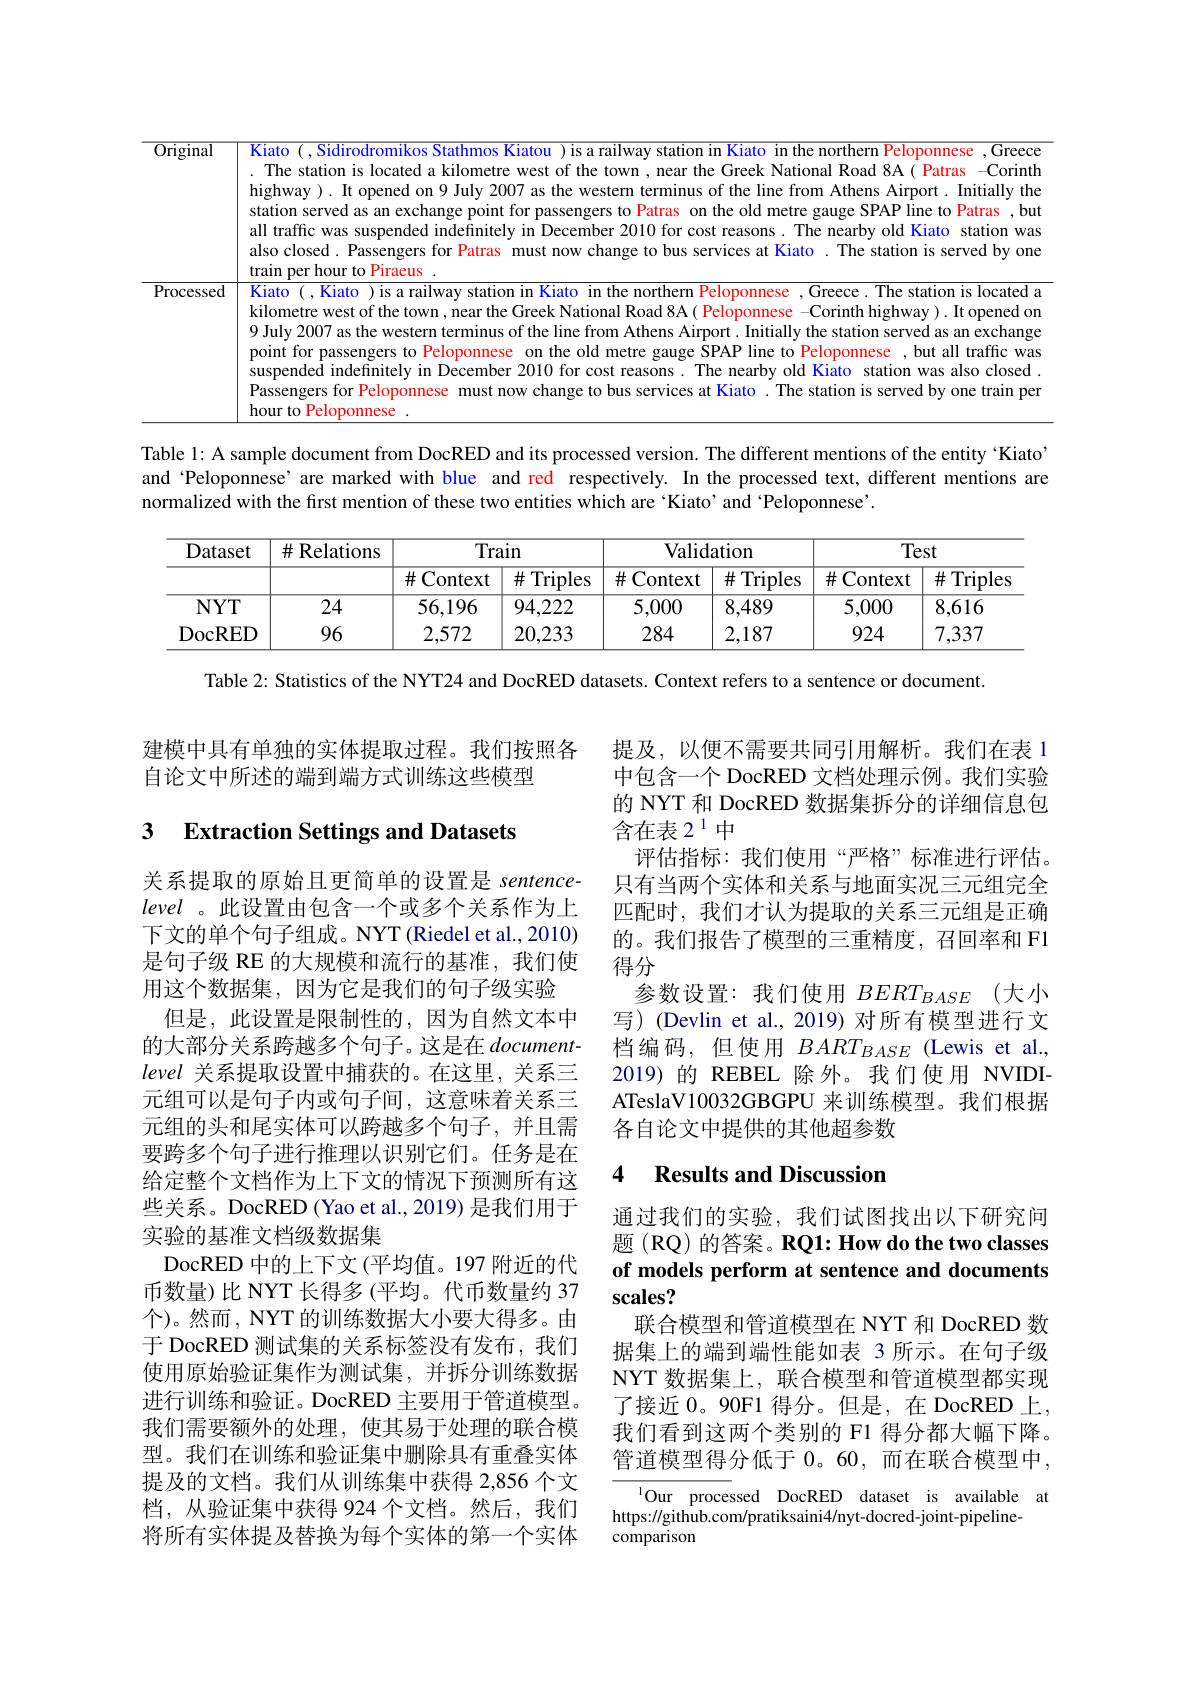
<table>
	<tbody>
		<tr>
			<td>$\overline{\mathrm{Original}}$</td>
			<td>Kiato ( ,Sidirodromikos Stathmos Kiatou )is a railway station in Kiato in the northern Peloponnese , Greece highway ). It opened on 9 July 2007 as the western terminus of the line from Athens Airport. Initially the $\frac{1}{2}=\frac{1}{2}$ The station is located a kilometre west of the town , near the Greek National Road 8A ( Patras -CorintH station served as an exchange point for passengers to Patras on the old metre gauge SPAP line to Patras , but all traffic was suspended indefinitely in December 2010 for cost reasons. The nearby old Kiato station was also closed. Passengers for Patras must now change to bus services at Kiato .The station is served by one train per hour to Piraeus</td>
		</tr>
		<tr>
			<td>Processed</td>
			<td>$\overline{\text{Kiato (,Kiato ) is a railway station in Kiato in the northern Peloponnese ,Greece.The station is located a}}$ kilometre west of the town , near the Greek National Road 8A ( Peloponnese -Corinth highway ). It opened om 9 July 2007 as the western terminus of the line from Athens Airport. Initially the station served as an exchange point for passengers to Peloponnese on the old metre gauge SPAP line to Peloponnese , but all traffic was Passengers for Peloponnese must now change to bus services at Kiato . The station is served by one train per suspended indefinitely in December 2010 for cost reasons. The nearby old Kiato station was also closed hour to Peloponnese</td>
		</tr>
	</tbody>
</table>

Table l: A sample document from DocRED and its processed version. The different mentions of the entity 'Kiato" and 'Peloponnese’are marked with blue and red respectively. In the processed text, different mentions are normalized with the first mention of these two entities which are ‘Kiato’and‘Peloponnese’.

<table>
	<tbody>
		<tr>
			<th rowspan="2">Dataset</th>
			<th rowspan="2">$\#$Relations</th>
			<th colspan="2">Train</th>
			<th colspan="2">Validation</th>
			<th colspan="2">Test</th>
		</tr>
		<tr>
			<th>$\#$Context T</th>
			<th>$\#$T Triples</th>
			<th>$\#$ Context</th>
			<th>$\#$ Triples</th>
			<th>$\#$ $t$Context 1</th>
			<th>$\#$Triples</th>
		</tr>
		<tr>
			<td>$NYT$</td>
			<td>24</td>
			<td>56,196</td>
			<td>94,222</td>
			<td>5,000</td>
			<td>8,489</td>
			<td>5,000</td>
			<td>8,616</td>
		</tr>
		<tr>
			<td>DocRED</td>
			<td>96</td>
			<td>2,572</td>
			<td>20,233</td>
			<td>284</td>
			<td>2,187</td>
			<td>924</td>
			<td>7,337</td>
		</tr>
	</tbody>
</table>

Table 2: Statistics of the NYT24 and DocRED datasets. Context refers to a sentence or document.

建模中具有单独的实体提取过程。我们按照各
自论文中所述的端到端方式训练这些模型

### 3 $\textbf{Extraction Settings and Datasets}$

提及，以便不需要共同引用解析。我们在表 1中包含一个 DocRED 文档处理示例。我们实验的 NYT 和 DocRED 数据集拆分的详细信息包含在表 2$^{1}$中
评估指标：我们使用“严格”标准进行评估。只有当两个实体和关系与地面实况三元组完全匹配时，我们才认为提取的关系三元组是正确的。我们报告了模型的三重精度，召回率和 F1得分
参数设置：我们使用$BERT_{BASE}$(大小写) (Devlin et al., 2019) 对所有模型进行文档编码，但使用$BART_{BASE}$ (Lewis et al., 2019)的 REBEL 除外。我们使用 NVIDIATeslaV10032GBGPU 来训练模型。我们根据各自论文中提供的其他超参数

### 4 $\textbf{Results and Discussion}$

关系提取的原始且更简单的设置是 sentencelevel 。此设置由包含一个或多个关系作为上下文的单个句子组成。NYT (Riedel et al., 2010) 是句子级 RE 的大规模和流行的基准，我们使用这个数据集，因为它是我们的句子级实验
但是，此设置是限制性的，因为自然文本中的大部分关系跨越多个句子。这是在$document-$ level关系提取设置中捕获的。在这里，关系三元组可以是句子内或句子间，这意味着关系三元组的头和尾实体可以跨越多个句子，并且需要跨多个句子进行推理以识别它们。任务是在给定整个文档作为上下文的情况下预测所有这些关系。DocRED (Yao et al., 2019) 是我们用于实验的基准文档级数据集
DocRED 中的上下文(平均值。197 附近的代币数量)比 NYT 长得多(平均。代币数量约 37个)。然而，NYT 的训练数据大小要大得多。由于 DocRED 测试集的关系标签没有发布，我们使用原始验证集作为测试集，并拆分训练数据进行训练和验证。DocRED 主要用于管道模型。我们需要额外的处理，使其易于处理的联合模型。我们在训练和验证集中删除具有重叠实体提及的文档。我们从训练集中获得 2,856 个文档，从验证集中获得 924 个文档。然后，我们将所有实体提及替换为每个实体的第一个实体

通过我们的实验，我们试图找出以下研究问题 (RQ) 的答案。RQ1: How do the two classes of models perform at sentence and documents scales?
联合模型和管道模型在 NYT 和 DocRED 数据集上的端到端性能如表 3 所示。在句子级NYT 数据集上，联合模型和管道模型都实现了接近 0。90F1 得分。但是，在 DocRED 上， 我们看到这两个类别的 F1 得分都大幅下降。管道模型得分低于 0。60,而在联合模型中，

$^{1}$Our processed DocRED dataset is available at
https://github.com/pratiksaini4/nyt-docred-joint-pipeline-
comparison